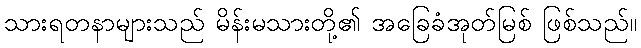
သားရတနာများသည် မိန်းမသားတို့၏ အခြေခံအုတ်မြစ် ဖြစ်သည်။